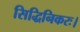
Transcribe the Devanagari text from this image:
सिद्धिनिकरः।